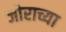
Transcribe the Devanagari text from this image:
जोराच्या